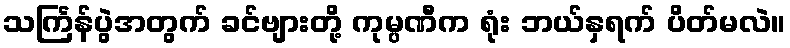
သင်္ကြန်ပွဲအတွက် ခင်ဗျားတို့ ကုမ္ပဏီက ရုံး ဘယ်နှရက် ပိတ်မလဲ။